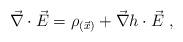
LaTeX: \begin{align*}\vec{\nabla}\cdot \vec{E}=\rho_{(\vec{x})}+\vec{\nabla}h\cdot\vec{E}\ ,\end{align*}